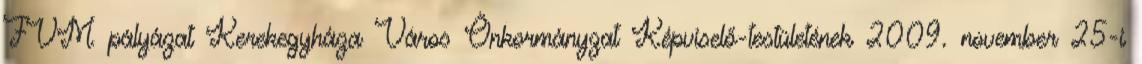
FVM pályázat Kerekegyháza Város Önkormányzat Képviselő-testületének 2009. november 25-i